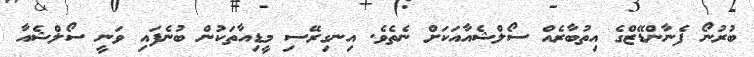
ބުރުނޯ ފެނާންޑޭޒްގެ އިތުބާރެއް ސޯލްޝެއާއަކަށް ނެތެވެ. އިނގިރޭސި މީޑިއާތަކުން ބުނެފައި ވަނީ ސޯލްޝެއާ